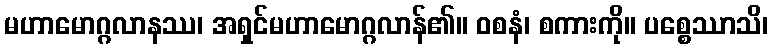
မဟာမောဂ္ဂလာနဿ၊ အရှင်မဟာမောဂ္ဂလာန်၏။ ဝစနံ၊ စကားကို။ ပစ္စေဿာသိ၊